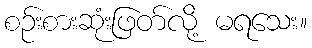
စဉ်းစားဆုံးဖြတ်လို့ မရသေး။